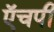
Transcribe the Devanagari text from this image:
ऍचपी